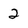
Character: 2